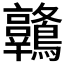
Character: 𪈋